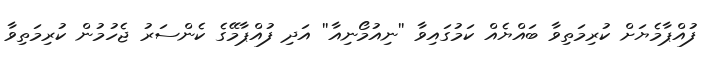
ފުއްޕާމެޔަށް ކުރިމަތިވާ ބައްޔެއް ކަމުގައިވާ ''ނިއުމޯނިއާ'' އަދި ފުއްޕާމޭގެ ކެންސަރު ޖެހުމުން ކުރިމަތިވާ